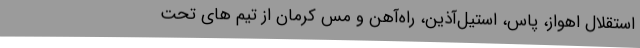
استقلال اهواز، پاس، استیل‌آذین، راه‌آهن و مس کرمان از تیم های تحت